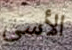
الأسى